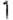
1